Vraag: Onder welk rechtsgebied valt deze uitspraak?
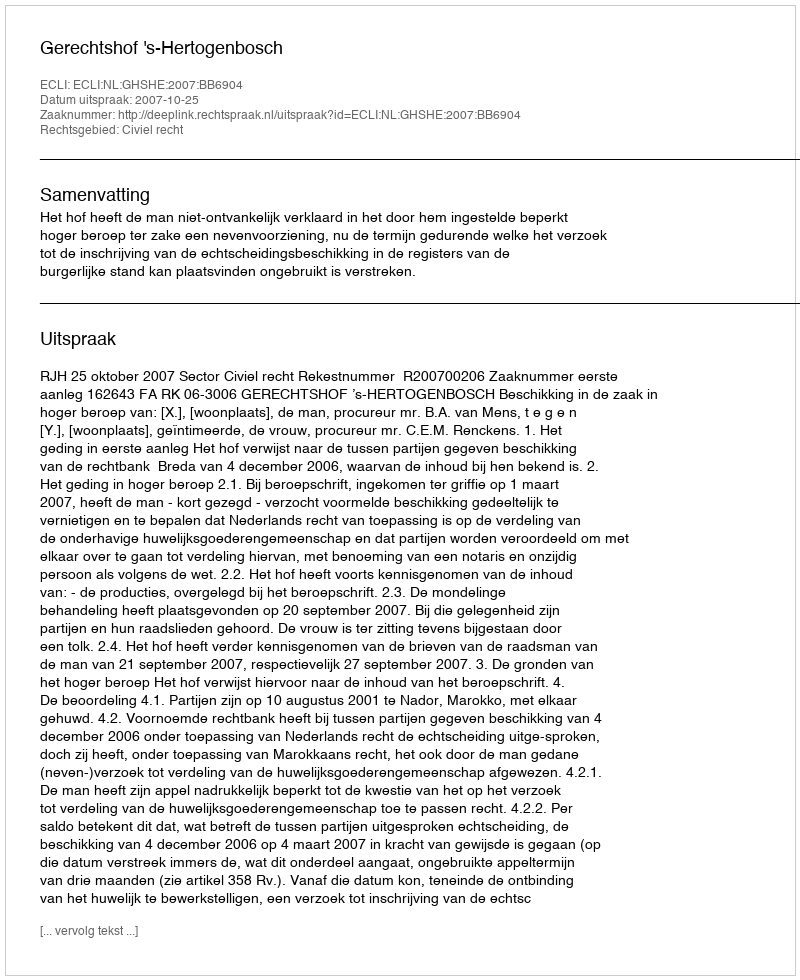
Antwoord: Civiel recht